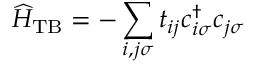
\widehat { H } _ { \mathrm { T B } } = - \sum _ { i , j \sigma } t _ { i j } c _ { i \sigma } ^ { \dagger } c _ { j \sigma }